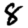
Digit: 8